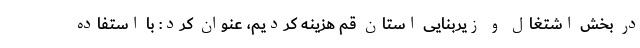
در بخش اشتغال و زیربنایی استان قم هزینه کردیم، عنوان کرد: با استفاده